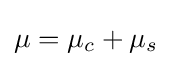
\mu =\mu _{c}+\mu _{s}